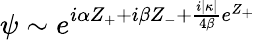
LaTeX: \psi\sim e^{i\alpha Z_{+}+i\beta Z_{-}+\frac{i|\kappa|}{4\beta}e^{Z_{+}}}